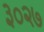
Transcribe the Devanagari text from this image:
३०२७